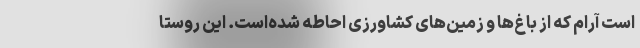
است آرام که از باغ‌ها و زمین‌های کشاورزی احاطه شده‌است. این روستا